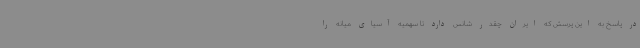
در پاسخ به این پرسش که ایران چقدر شانس دارد تا سهمیه آسیای میانه را